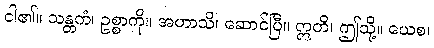
ငါ၏။ သန္တကံ၊ ဥစ္စာကို။ အဟာသိ၊ ဆောင်ပြီ။ ဣတိ၊ ဤသို့။ ယေစ၊